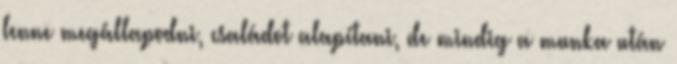
lenne megállapodni, családot alapítani, de mindig a munka után